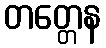
တတ္တေန